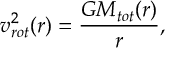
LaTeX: v _ { r o t } ^ { 2 } ( r ) = \frac { G M _ { t o t } ( r ) } { r } ,